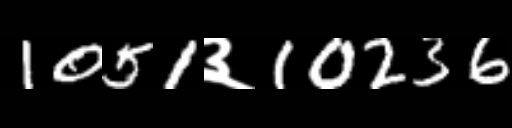
Text: 1051३10236